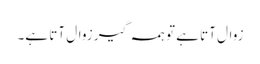
زوال آتا ہے تو ہمہ گیر زوال آتا ہے۔